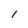
Character: l